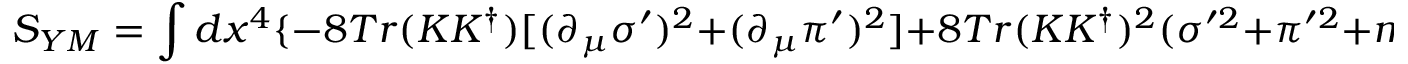
S _ { Y M } = \int d x ^ { 4 } \{ - 8 T r ( K K ^ { \dag } ) [ ( \partial _ { \mu } \sigma ^ { \prime } ) ^ { 2 } + ( \partial _ { \mu } \pi ^ { \prime } ) ^ { 2 } ] + 8 T r ( K K ^ { \dag } ) ^ { 2 } ( \sigma ^ { \prime 2 } + \pi ^ { \prime 2 } + m ^ { 2 } ) ^ { 2 } \}